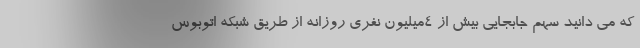
که می دانید سهم جابجایی بیش از 4میلیون نفری روزانه از طریق شبکه اتوبوس